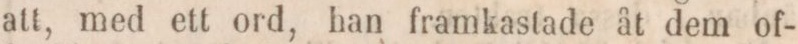
att, med ett ord, han framkastade åt dem of-